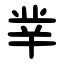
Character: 丵